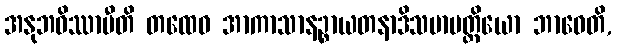
အနုဘဝိဿာမီတိ တထေဝ အာကာသာနဉ္စာယတနာဒိသမာပတ္တိယော ဘာဝေတိ,